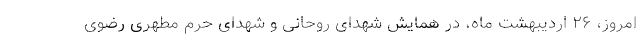
امروز، ۲۶ اردیبهشت‌ ماه، در همایش شهدای روحانی و شهدای حرم مطهری رضوی